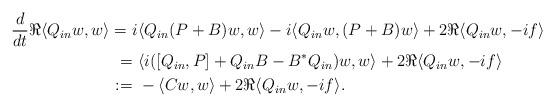
LaTeX: \begin{align*}\frac{d}{dt} \Re \langle Q_{in} w, w \rangle = \ & i \langle Q_{in} (P+B) w, w \rangle - i \langle Q_{in}w, (P+B) w \rangle + 2 \Re \langle Q_{in} w, - i f \rangle\\= & \ \langle i ([Q_{in},P] + Q_{in} B - B^* Q_{in}) w, w \rangle + 2 \Re \langle Q_{in} w, - i f \rangle\\: = & \ - \langle C w, w \rangle + 2 \Re \langle Q_{in}w, - i f \rangle .\end{align*}